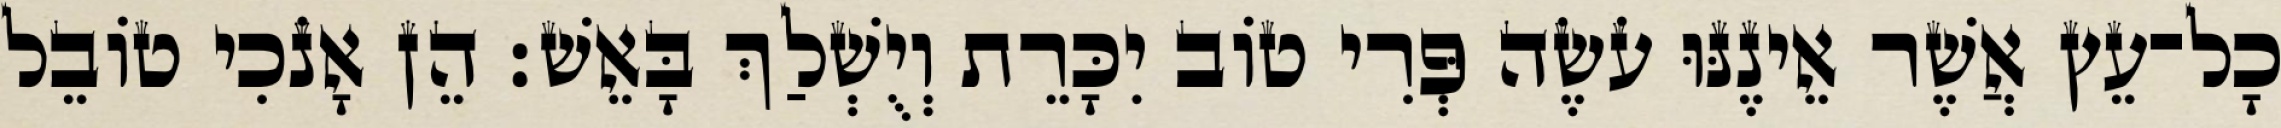
כָל־עֵץ אֲשֶׁר אֵינֶנּוּ עֹשֶׂה פְּרִי טוֹב יִכָּרֵת וְיֻשְׁלַךְ בָּאֵשׁ׃ הֵן אָנֹכִי טוֹבֵל